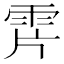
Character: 𩂌